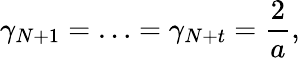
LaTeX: \gamma_{N+1}=\ldots=\gamma_{N+t}=\frac{2}{a},